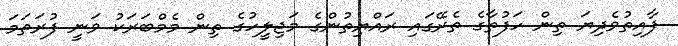
ފާއިތުވެދިޔަ ތިން ހަފުތާގެ ތެރޭގައި ރައްޔިތުންގެ މަޖިލީހުގެ ތިން މެމްބަރަކު ވަނީ ފުރަތަމަ